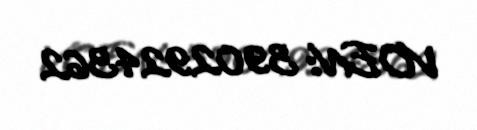
VOEN: 3902924362